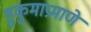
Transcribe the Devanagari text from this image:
हुकुमाप्रमाणे